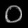
Digit: ၀